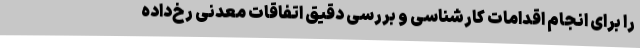
را برای انجام اقدامات کارشناسی و بررسی دقیق اتفاقات معدنی رخ‌داده